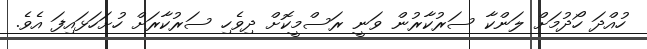
ހުއްދަ ހޯދުމަށް ލަންކާ ސަރުކާރުން ވަނީ ރަސްމީކޮށް ދިވެހި ސަރުކާރަށް ހުށަހަޅައިފަ އެވެ.